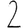
Digit: 2